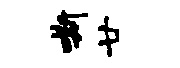
嘶廿